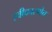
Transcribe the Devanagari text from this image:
स्वीकारणेच